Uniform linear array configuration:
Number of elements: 16
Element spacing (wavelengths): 0.25
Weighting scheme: hamming
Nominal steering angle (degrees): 15
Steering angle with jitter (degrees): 14.572
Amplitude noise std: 0.05
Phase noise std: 0.05

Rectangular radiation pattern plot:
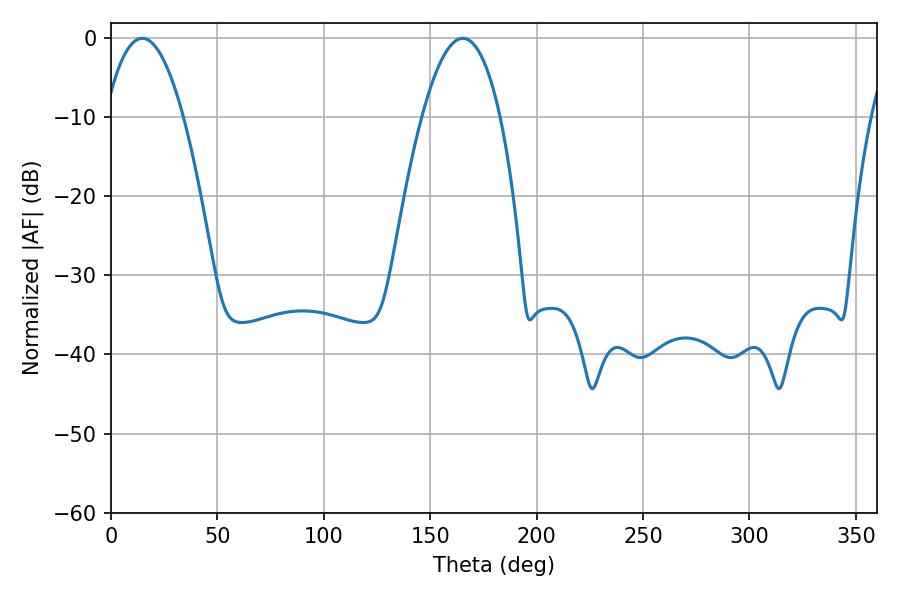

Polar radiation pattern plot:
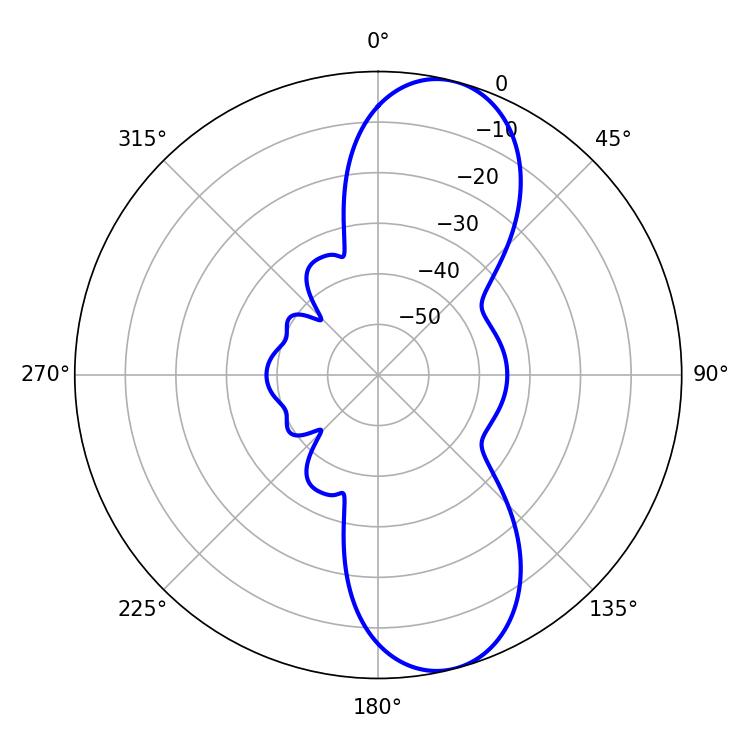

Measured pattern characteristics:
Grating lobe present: FALSE
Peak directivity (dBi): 10.063
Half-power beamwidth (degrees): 20.16
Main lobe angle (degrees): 14.76